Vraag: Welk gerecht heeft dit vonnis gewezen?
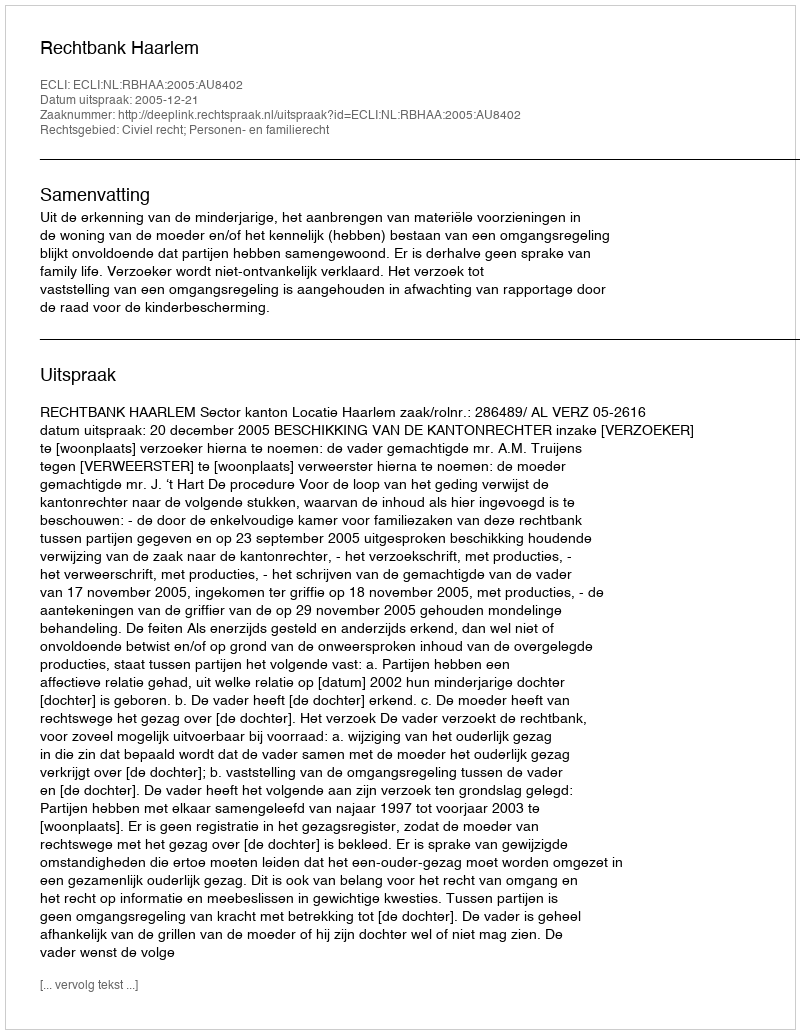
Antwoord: Rechtbank Haarlem